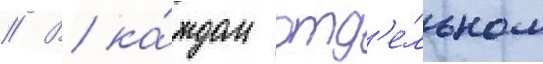
// В ка́ждом отд'е́льном